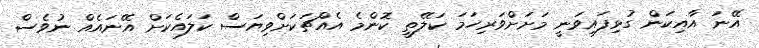
އޭނަ އާއިކަން ގުޅިފައިވަނީ މަށަށްވަރިހަމަ ކަލޭތީ ކޮންމެ އެއްޗަކަށްވިޔަސް ކަލައެކަށް އޭނައެއް ނުވެސް